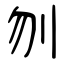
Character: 刎